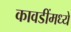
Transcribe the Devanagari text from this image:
कावडींमध्ये